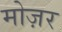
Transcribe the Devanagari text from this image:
मोज़र